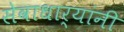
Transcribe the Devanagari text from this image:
सेवाधार्‍यांनी